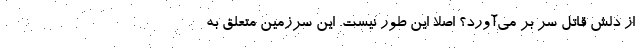
از دلش قاتل سر بر می‌آورد؟ اصلا این طور نیست. این سرزمین متعلق به